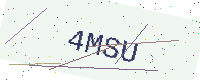
Text: 4MSU